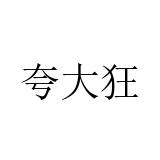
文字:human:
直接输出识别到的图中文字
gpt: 夸大狂